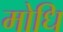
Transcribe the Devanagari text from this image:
मोधि